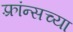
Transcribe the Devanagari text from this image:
फ़्रांन्सच्या